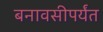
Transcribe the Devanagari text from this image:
बनावसीपर्यंत